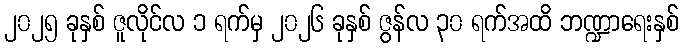
၂၀၂၅ ခုနှစ် ဇူလိုင်လ ၁ ရက်မှ ၂၀၂၆ ခုနှစ် ဇွန်လ ၃၀ ရက်အထိ ဘဏ္ဍာရေးနှစ်